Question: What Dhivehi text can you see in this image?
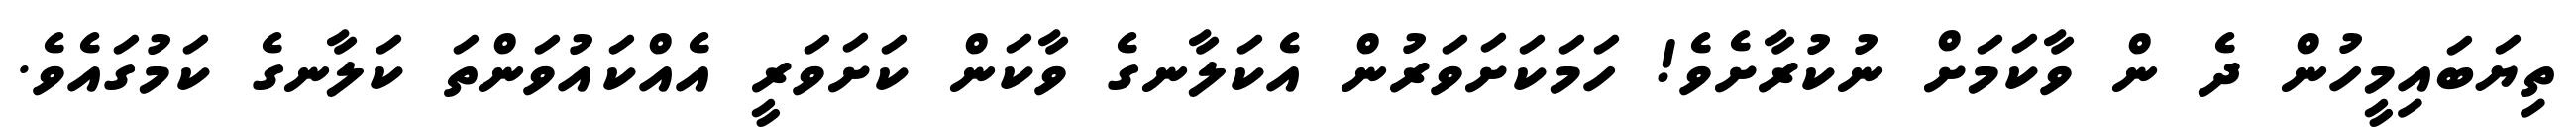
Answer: ތިޔަބައިމީހުން ދެ ން ވާކަމަށް ނުކުރާށެވެ! ހަމަކަށަވަރުން އެކަލާނގެ ވާކަން ކަށަވަރީ އެއްކައުވަންތަ ކަލާނގެ ކަމުގައެވެ.